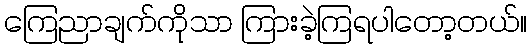
ကြေညာချက်ကိုသာ ကြားခဲ့ကြရပါတော့တယ်။